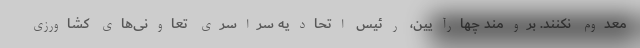
معدوم نکنند. برومند چهارآیین، رئیس اتحادیه سراسری تعاونی‌های کشاورزی